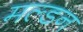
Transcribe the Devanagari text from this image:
मल्‍डन